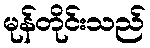
မုန်တိုင်းသည်